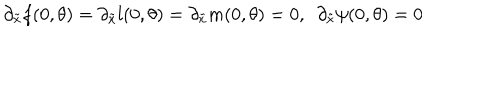
\partial _ { \tilde { x } } f ( 0 , \theta ) = \partial _ { \tilde { x } } l ( 0 , \theta ) = \partial _ { \tilde { x } } m ( 0 , \theta ) = 0 , \ \ \partial _ { \tilde { x } } \psi ( 0 , \theta ) = 0